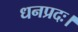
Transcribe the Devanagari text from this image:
धनप्रदः।